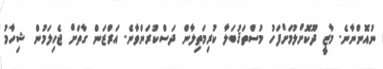
ނުއޮންނާނެ. މާޒީ ދޫކޮށްލުމަށްފަހު މުސްތަޤުބަލާ ކުރިމަތިލާން ދަސްކުރަންވާނެ. އަރްޒަން ގާތަށް ޖެހިލަމުން ޝިހާމު